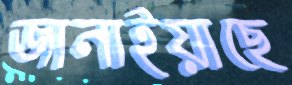
জানাইয়াছে